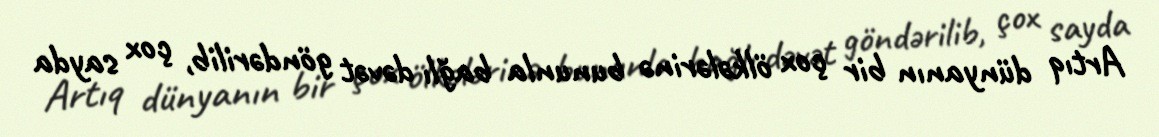
Artıq dünyanın bir çox ölkələrinə bununla bağlı dəvət göndərilib, çox sayda